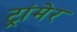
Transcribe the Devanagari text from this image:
ट्रांमेर